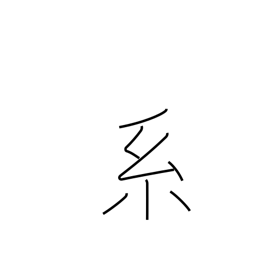
Meaning: lineage